Annual report of the Punjab Veterinary College and of the Civil Veterinary Department, Punjab - 1926-1932
Year: 1926
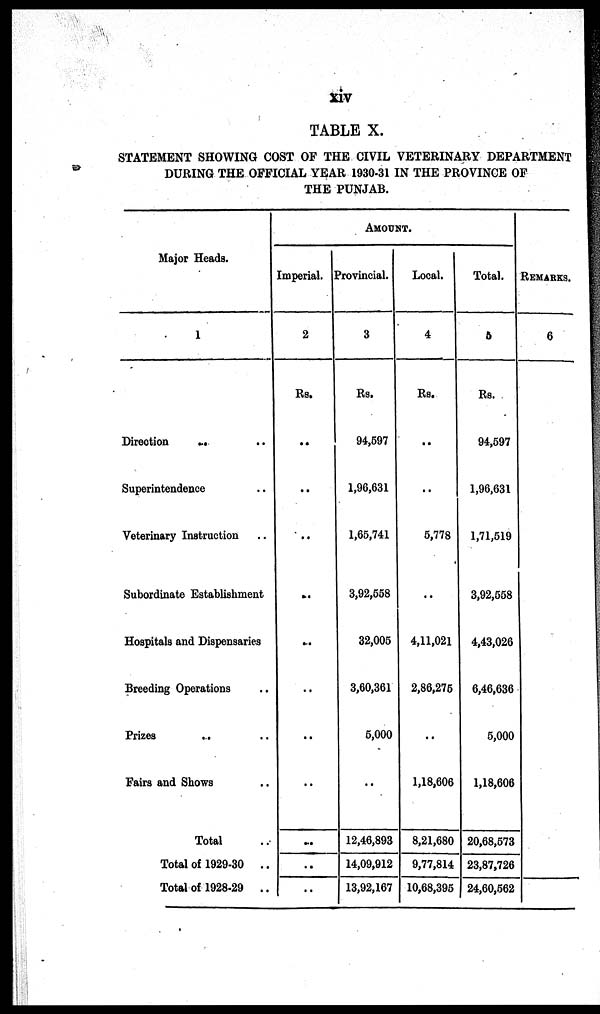
xiv
TABLE X.
STATEMENT SHOWING COST OF THE CIVIL VETERINARY DEPARTMENT
DURING THE OFFICIAL YEAR 1930-31 IN THE PROVINCE OF
THE PUNJAB.
Major Heads.
1
Direction
.. ..
Superintendence .. ..
Veterinary Instruction ..
Subordinate Establishment ..
Hospitals and Dispensaries ..
Breeding Operations ..
Prizes ..
Fairs and Shows ..
Total ..
Total of 1929-30 ..
Total of 1928-29 ..
AMOUNT
Imperial.
2
Rs.
..
..
..
-
..
..
..
..
..
..
..
Provincial.
3
Rs.
94,597
1,96,631
1,65,741
3,92,558
32,005
3,60,361
5,000
..
12,46,893
14,09,912
13,92,167
Local.
4
Rs.
..
..
5,778
..
4,11,021
2,86,275
..
1,18,606
8,21,680
9,77,814
10,68,395
Total.
6
Rs.
94,597
1,96,631
1,71,519
3,92,558
4,43,026
6,46,636
5,000
1,18,606
20,68,573
23,87,726
24,60,562
REMARKS.
6